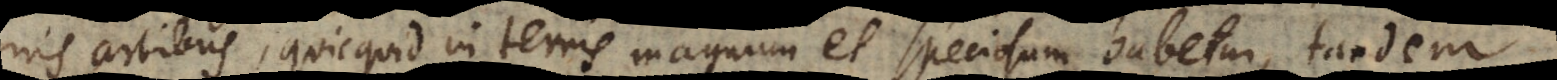
nis artibus, quicquid in terris magnum et speciosum habetur, tandem